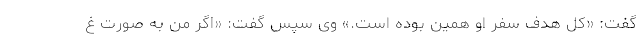
گفت: «کل هدف سفر او همین بوده است.» وی سپس گفت: «اگر من به صورت غ